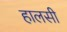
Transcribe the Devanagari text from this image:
हालसी